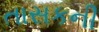
તાસકની